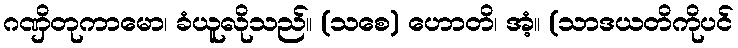
ဂဏှိတုကာမော၊ ခံယူလိုသည်။ (သစေ) ဟောတိ၊ အံ့။ (သာဒယတိကိုပင်